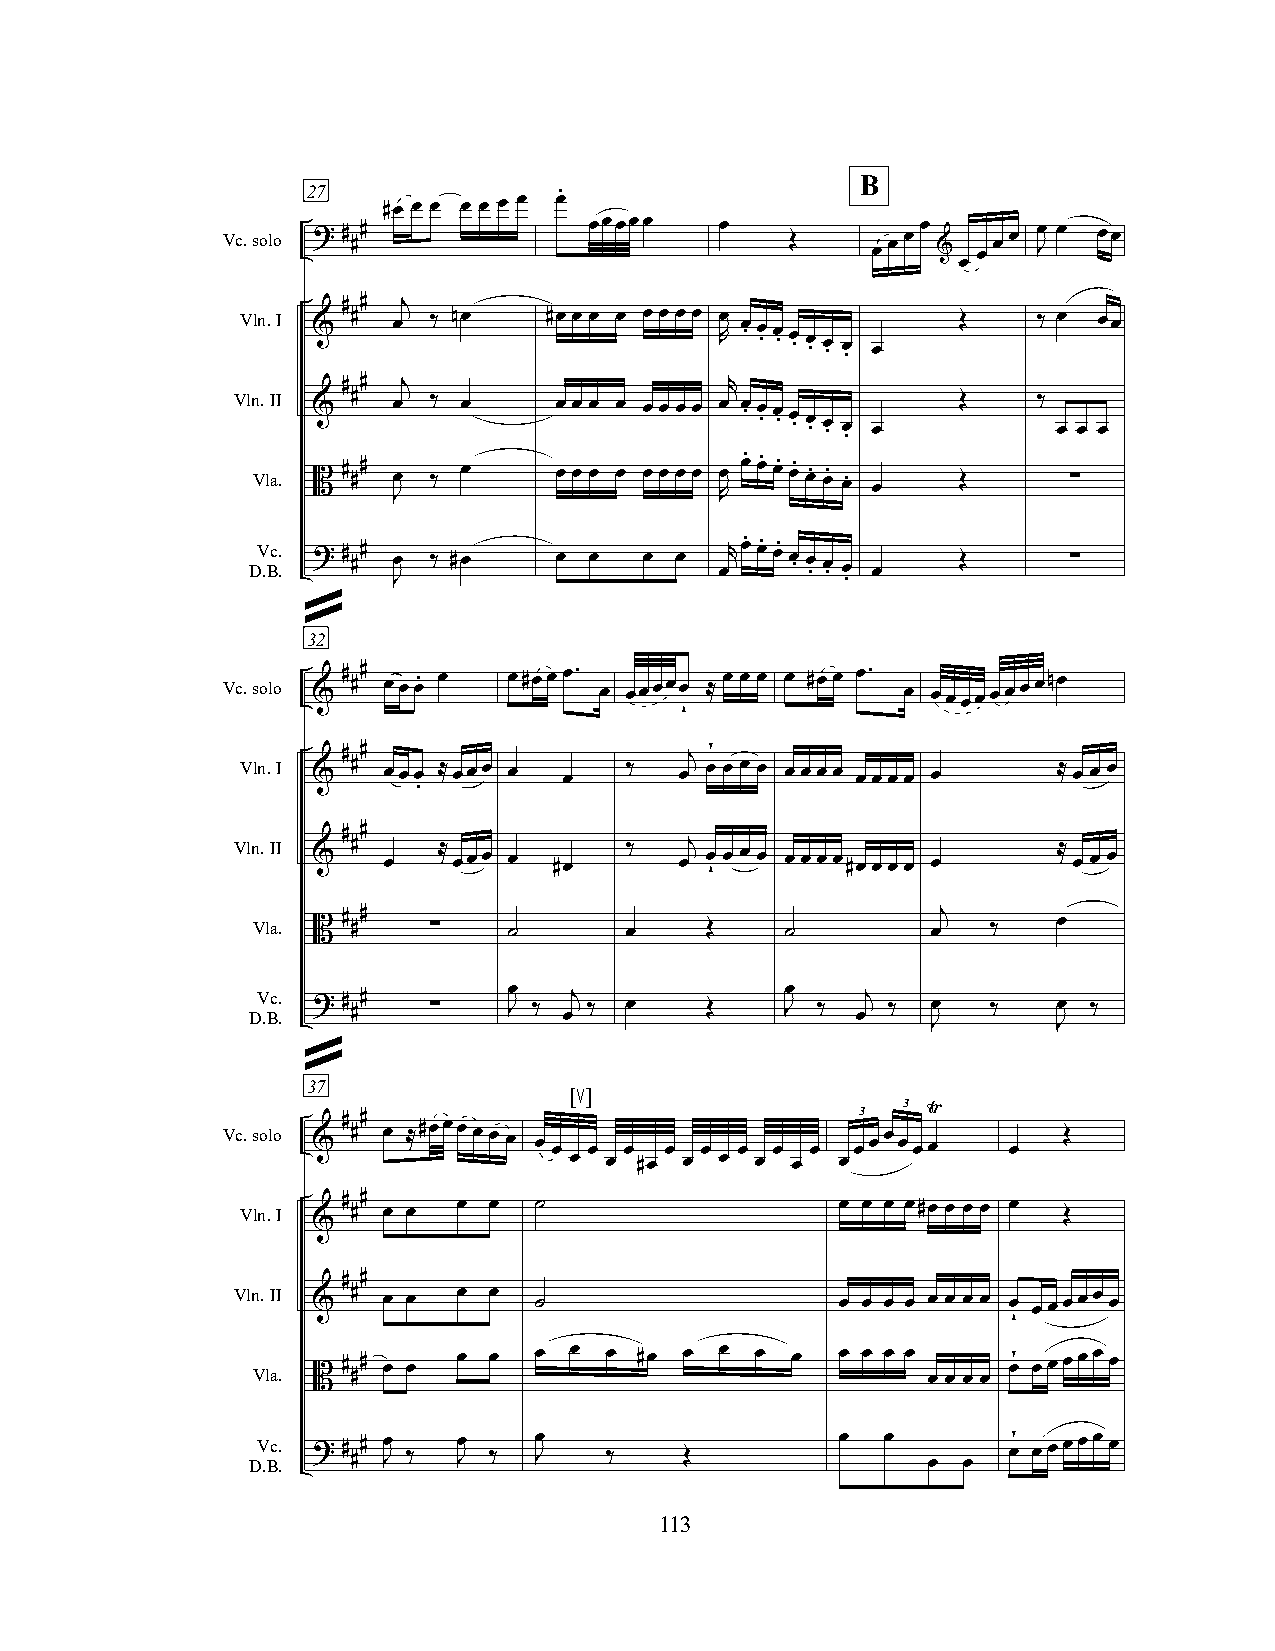
B
 27
 .
 #œ œ œ œ œ œ œ œ
 Vc.solo ? # ##          œœœœœ    œ   Œ     œ œ œ œ & œ œ œ Jœ œ œœ
 œ
 # # j
 Vln.I & # œ ‰ nœ    #œ œ œ œ œ œ œ œ Rœ œ . œ . œ . œ . œ . œ . œ . œ Œ ‰ œ œœ
 # # j                    r
 Vln.II & # œ ‰ œ      œ œ œ œ œ œ œ œ œ œ . œ . œ . œ . œ . œ . œ . œ Œ ‰ œ œ œ
 Vla. B # ## Jœ ‰ œ  œ œ œ œ œ œ œ œ Rœ œ. œ. œ. œ. œ. œ. œ.
 œ
 Œ      ∑
 DV .Bc. . ? # ## œ ‰ #œ œ œ œ œ œrœ. œ. œ. œ . œ . œ . œ œ Œ ∑
 J                             .
 »
 32
 Vc.solo & # ## œœœ. œ œ#œœœ. œ œœœœœ ≈ œ œ œ œ #œ œ œ. œ œœœœœœœœnœ
 ˇ
 Vln.I & # ## œœœ ≈ œœœ œ œ ‰ œj œ¥ œ œ œ œ œ œ œ œ œ œ œ œ ≈ œ œ œ
 .
 # #
 Vln.II & # œ  ≈ œœœ œ #œ  ‰   œj œ ˇ œ œ œ œ œ œ œ #œ œ œ œ œ ≈ œ œ œ
 Vla.  # #                                    j       œ
 B #    ∑     ˙      œ     Œ    ˙         œ   ‰
 DV .Bc. . ? # ## ∑ Jœ ‰ œj ‰ œ Œ   Jœ ‰ œj ‰ œ   ‰   œ ‰
 J       J
 »
 37                [ ]
 ≤                  3  3 Ÿ
 Vc.solo & # ## œ ≈#œœœ œ œ œ œ œ œ œ œ œ œ œ œ œœœ œ œœ œ Œ
 œ œ #œ œ  œ œ œ   œ
 Vln.I  # ## œ œ œ œ ˙                   œ œ œ œ#œ œ œ œ œ Œ
 &
 # #
 Vln.II & # œ œ œ œ  ˙                    œ œ œ œ œ œ œ œ œ œœœœœ œ
 ˇ
 Vla.  # # œ œ œ œ œ  œ œ #œ œ  œ œ œ   œ œ œ œ    œ¥ œœœœœ œ
 B #                                     œ œ œ œ
 DV .Bc.
 .
 ? # ## Jœ
 ‰
 Jœ
 ‰
 Jœ
 ‰    Œ
 œ  œ
 œ  œ
 œ¥ œœœœœ œ
 113